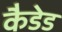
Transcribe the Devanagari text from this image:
कैडेड